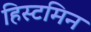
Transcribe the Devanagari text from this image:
हिस्टमिन